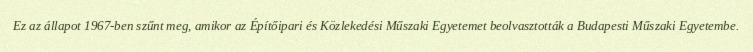
Ez az állapot 1967-ben szűnt meg, amikor az Építőipari és Közlekedési Műszaki Egyetemet beolvasztották a Budapesti Műszaki Egyetembe.